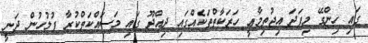
ގައި ހިންގޭ މިފަދަ އިޖުތިމާޢީ ހަރަކާތްތަކެއްގައި ދިއްދޫ ގައި މަސައްކަތްކުރާ ފުލުހުން ދަނީ